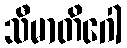
သီမာတိဂေါ